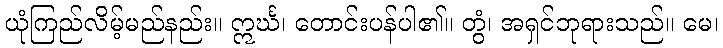
ယုံကြည်လိမ့်မည်နည်း။ ဣင်္ဃ၊ တောင်းပန်ပါ၏။ တွံ၊ အရှင်ဘုရားသည်။ မေ၊